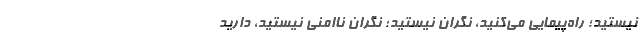
نیستید؛ راه‌پیمایی می‌کنید، نگران نیستید؛ نگران ناامنی نیستید، دارید